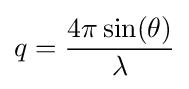
q={\frac {4\pi \sin(\theta )}{\lambda }}